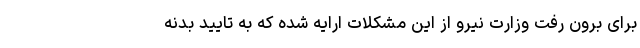
برای برون رفت وزارت نیرو از این مشکلات ارایه شده که به تایید بدنه